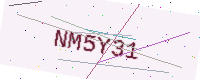
Text: NM5Y31